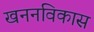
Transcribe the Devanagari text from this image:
खननविकास